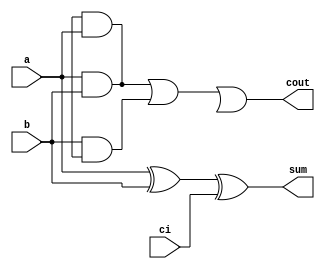
`define dly_and 1
`define dly_or 2

module fa(a, b, ci, sum, cout);
input  a, b, ci;
output sum, cout;
xor xor0 (sum, a, b, ci);
or or0 (cout, a1, b1, b2);
and#`dly_and and1 (a1, a, b);
and and2 (b1, b, c);
and and3 (a1, c, a);
endmodule